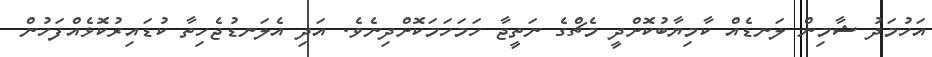
އަހުމަދު ޝާމިން ލަނޑެއް ކާމިޔާބުކޮށްދީ މެޗްގެ ނަތީޖާ ހަމަހަމަކޮށްދިނެވެ. އަދި އެލަނޑުޖެހިތާ ކުޑައިރުކޮޅެއްފަހުން